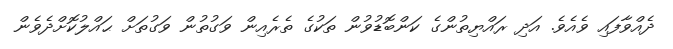
ދެއްވާފައި ވެއެވެ. އަދި ރައްޔިތުންގެ ކަންބޮޑުވުން ތަކުގެ ތެރެއިން ވަގުތުން ވަގުތަށް ޙައްލުކޮށްދެވެން